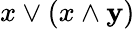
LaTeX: x\vee(x\wedge\mathbf{y})